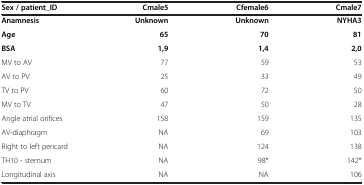
| Sex / patient_ID | Cmale5 | Cfemale6 | Cmale7 |
 | --- | --- | --- | --- |
 | Anamnesis | Unknown | Unknown | NYHA3 |
 | Age | 65 | 70 | 81 |
 | BSA | 1,9 | 1,4 | 2,0 |
 | MV to AV | 77 | 59 | 53 |
 | AV to PV | 25 | 33 | 49 |
 | TV to PV | 60 | 72 | 50 |
 | MV to TV | 47 | 50 | 28 |
 | Angle atrial orifices | 158 | 159 | 135 |
 | AV-diaphragm | NA | 69 | 103 |
 | Right to left pericard | NA | 124 | 138 |
 | TH10 - sternum | NA | 98* | 142* |
 | Longitudinal axis | NA | NA | 106 |